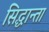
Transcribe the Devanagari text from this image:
सिद्धान्ता